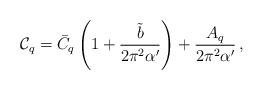
LaTeX: \begin{align*}\mathcal{C}_q= \bar{C}_q\left(1+\frac{\tilde{b}}{2\pi^2\alpha'}\right) +\frac{A_q}{2\pi^2\alpha'}\,,\end{align*}